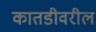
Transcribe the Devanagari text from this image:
कातडीवरील